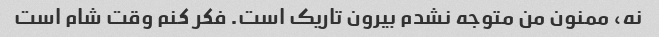
نه، ممنون من متوجه نشدم بیرون تاریک است. فکر کنم وقت شام است